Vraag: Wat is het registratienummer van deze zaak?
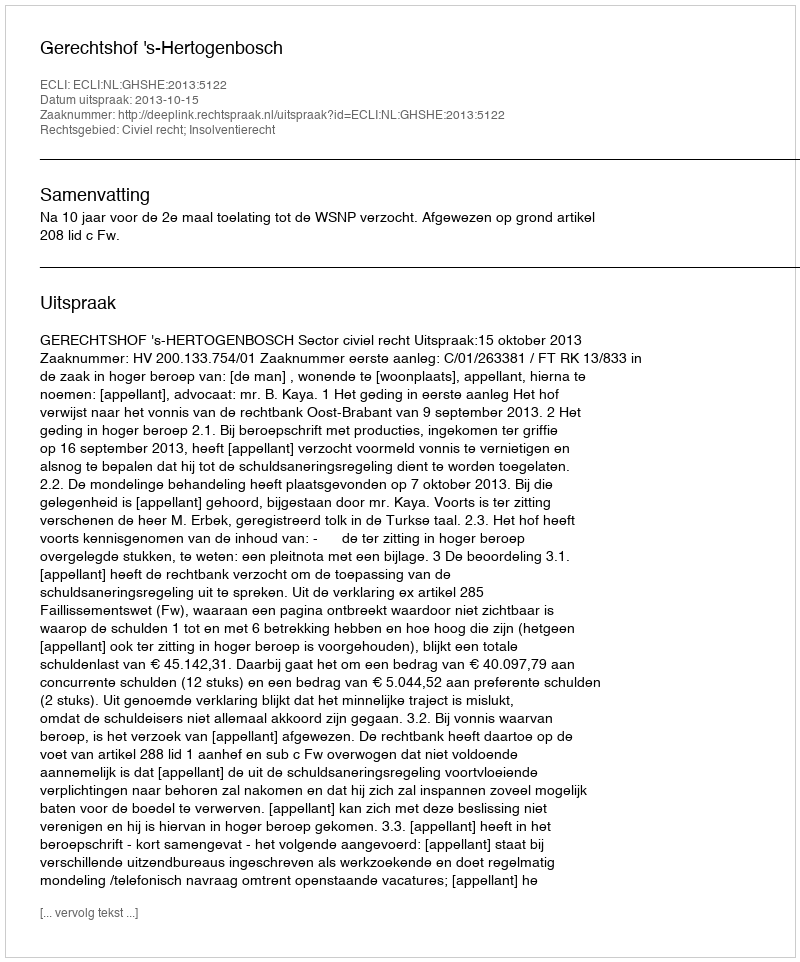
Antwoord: http://deeplink.rechtspraak.nl/uitspraak?id=ECLI:NL:GHSHE:2013:5122